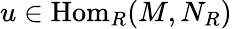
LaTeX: u\in{\mathrm{Hom}}_{R}(M,N_{R})